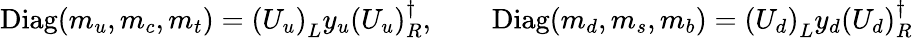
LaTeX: \mathrm{Diag}(m_{u},m_{c},m_{t})=(U_{u})_{L}^{\phantom{\dagger}}y_{u}(U_{u})_{R}^{\dagger},\qquad\mathrm{Diag}(m_{d},m_{s},m_{b})=(U_{d})_{L}^{\phantom{\dagger}}y_{d}(U_{d})_{R}^{\dagger}